Vaccination in Burma 1889-1999 - 1889-1999
Year: 1889
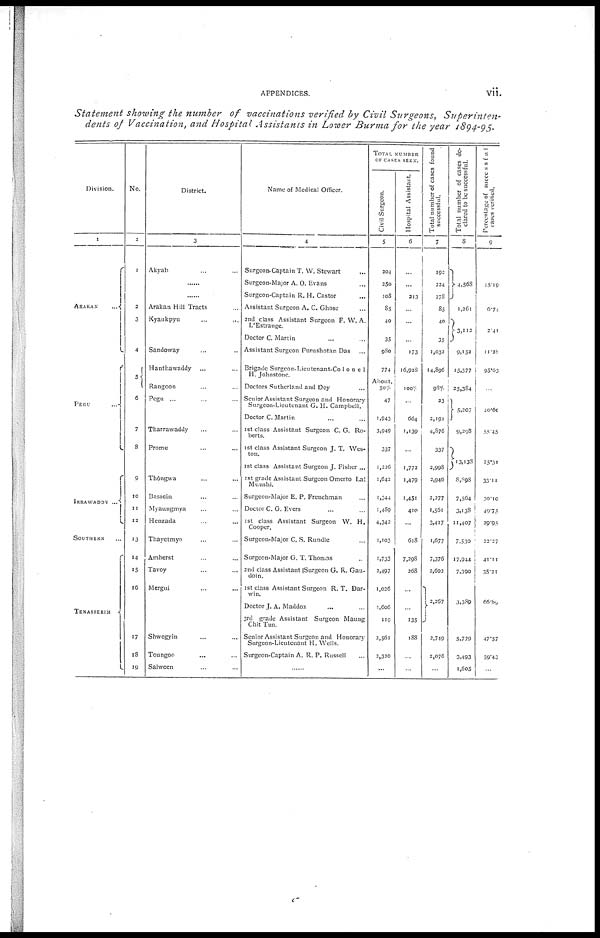
APPENDICES.
vii.
Statement showing the number of vaccinations verified by Civil Surgeons,
Superinten-
dents of Vaccination, and Hospital Assistants in Lower Burma for the year 1894-95.
Division.
1
ARAKAN ...
PEGU ...
IRRAWADDY...
SOUTHERN ...
TENASSERIM
No.
2
1
2
3
4
5
6
7
8
9
10
11
12
13
14
15
16
17
18
19
District.
3
Akyab ... ...
......
......
Arakan Hill Tracts ...
Kyaukpyu
...
...
Sandoway ... ...
Hanthawaddy ... ...
Rangoon ... ...
Pegu ...
Tharrawaddy ... ...
Prome ... ...
Thôngwa ... ...
Bassein ... ...
Myaungmya ... ...
Henzada ... ...
Thayetmyo ... ...
Amherst ... ...
Tavoy ... ...
Mergui ... ...
Shwegyin ... ...
Toungoo ... ...
Salween ... ...
Name of Medical Officer.
4
Surgeon-Captain T. W. Stewart ...
Surgeon-Major A. O. Evans ...
Surgeon-Captain R. H. Castor ...
Assistant Surgeon A. C. Ghose ...
2nd class Assistant Surgeon F. W. A.
L'Estrange.
Doctor C. Martin ... ...
Assistant Surgeon Purushotan Das ...
Brigade Surgeon-Lieutenant-Colonel
H. Johnstone.
Doctors Sutherland and Day ...
Senior Assistant Surgeon and Honorary
Surgeon-Lieutenant G. H. Campbell.
Doctor C. Martin ... ...
1st class Assistant Surgeon C. G. Ro-
berts.
1st class Assistant Surgeon J. T. Wes-
ton.
1st class Assistant Surgeon J. Fisher ...
1st grade Assistant Surgeon Omerto Lal
Munshi.
Surgeon-Major E. P. Frenchman ...
Doctor C. G. Evers ... ...
1st class Assistant Surgeon W. H.
Cooper.
Surgeon-Major C. S. Rundle ...
Surgeon-Major G. T. Thomas ...
2nd class Assistant Surgeon G. R. Gau-
doin.
1st class Assistant Surgeon R. T. Dar-
win.
Doctor J. A. Maddox ... ...
3rd grade Assistant Surgeon Maung
Chit Tun.
Senior Assistant Surgeon and Honorary
Surgeon-Lieutenant H. Wells.
Surgeon-Captain A. R. P. Russell ...
......
TOTAL NUMBER
OF CASES SEEN.
Civil Surgeon.
5
204
250
108
85
40
35
980
774
About.
50%
47
1,943
3,949
337
1,226
1,642
1,344
1,489
4,342
1,103
1,733
2,497
1,026
1,606
119
2,561
2,320
......
Hospital Assistant
6
...
...
213
...
...
...
173
16,928
100%
...
664
1,139
...
1,772
1,479
1,451
410
...
618
7,298
268
...
...
135
188
...
......
Total number of cases found
successful.
7
192
224
278
85
40
35
1,032
14,896
98%
23
2,191
4,876
337
2,998
2,946
2,277
1,561
3,417
1,677
7,376
2,602
2,267
2,749
2,076
......
Total number of cases de-
clared to be successful.
8
4,568
1,261
3,112
9,152
15,577
25,384
5,207
9,298
13,138
8,898
7,564
3,138
11,407
7,530
17,944
7,390
3,389
5,779
3,493
1,605
Percentage of successful
cases verified.
9
15.19
6.74
2.41
11.28
95.63
...
40.60
55.45
25.31
33.11
30.10
40.75
29.95
22.27
41.11
35.21
66.89
47.57
59.43
...